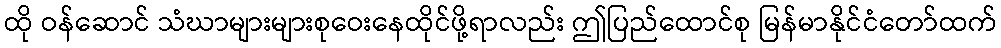
ထို ဝန်ဆောင် သံဃာများများစုဝေးနေထိုင်ဖို့ရာလည်း ဤပြည်ထောင်စု မြန်မာနိုင်ငံတော်ထက်